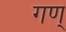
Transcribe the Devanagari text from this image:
गण्